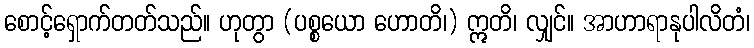
စောင့်ရှောက်တတ်သည်။ ဟုတွာ (ပစ္စယော ဟောတိ၊) ဣတိ၊ လျှင်။ အာဟာရာနုပါလိတံ၊